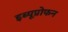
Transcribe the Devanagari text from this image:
इब्यूप्रोफन